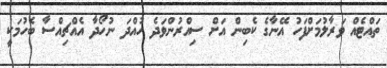
ތައްޓެއް ވަރާލުމަށްފަހު އޭނާގެ ކެބިން އަށް ސިއްރުންވަދެ ހުއްދަ ނުހޯދާ އެއްޗިއްސާ ބެހުމަކީ